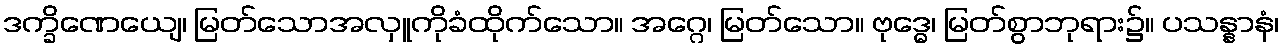
ဒက္ခိဏေယျေ၊ မြတ်သောအလှူကိုခံထိုက်သော။ အဂ္ဂေ၊ မြတ်သော။ ဗုဒ္ဓေ၊ မြတ်စွာဘုရား၌။ ပသန္နာနံ၊